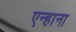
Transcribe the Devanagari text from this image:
एन्हाना